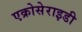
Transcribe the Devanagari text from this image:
एक्रोसेराइडी